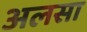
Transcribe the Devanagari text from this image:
अलसा